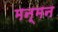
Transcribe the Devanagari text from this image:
मन्मन